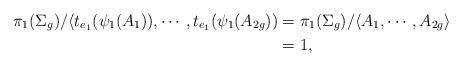
LaTeX: \begin{align*}\pi_1(\Sigma_g)/ \langle t_{e_1}(\psi_1(A_1)), \cdots, t_{e_1}(\psi_1(A_{2g})) &= \pi_1(\Sigma_g)/ \langle A_1, \cdots, A_{2g} \rangle \\&=1,\end{align*}